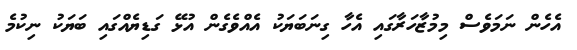
އެހެން ނަމަވެސް މިމުޒާހަރާގައި އެހާ ގިނަބަޔަކު އެއްވެގެން އުޅޭ ގަޑިޔެއްގައި ބަޔަކު ނިކުމެ